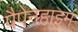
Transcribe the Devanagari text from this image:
पैपेनहाइम